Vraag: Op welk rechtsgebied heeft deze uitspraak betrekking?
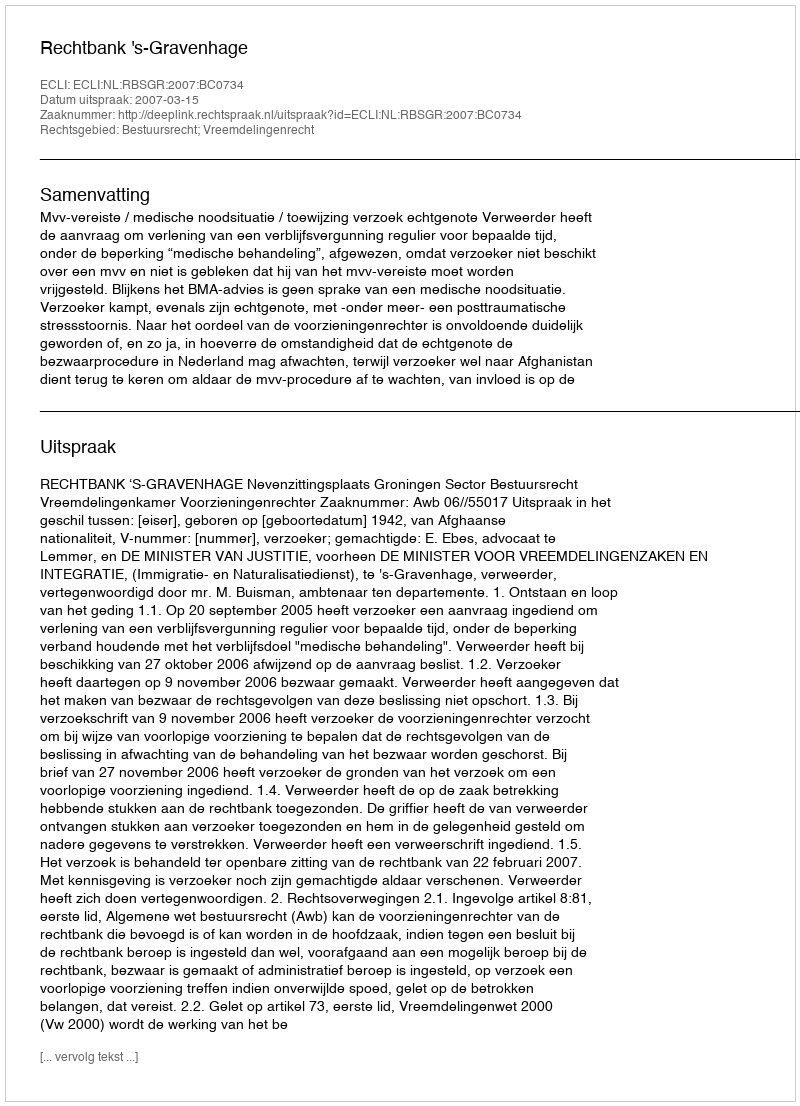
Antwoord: Bestuursrecht; Vreemdelingenrecht